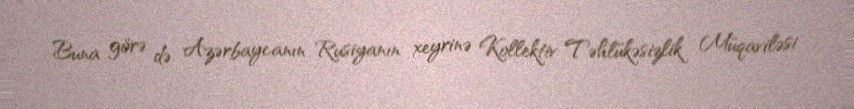
Buna görə də Azərbaycanın Rusiyanın xeyrinə Kollektiv Təhlükəsizlik Müqaviləsi